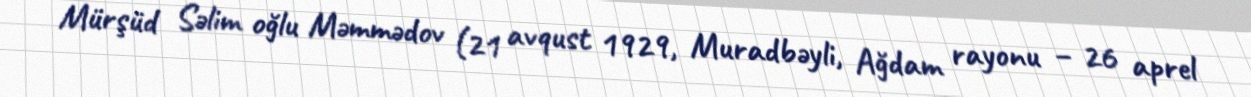
Mürşüd Səlim oğlu Məmmədov (21 avqust 1929, Muradbəyli, Ağdam rayonu – 26 aprel